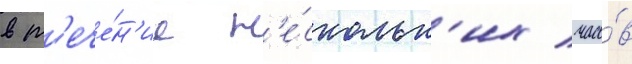
в т'ече́н'ие н'е́скольк'их часо́в